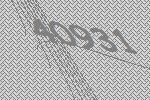
40931